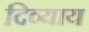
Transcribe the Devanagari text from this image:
दिव्याय